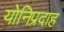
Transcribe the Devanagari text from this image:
योनिप्रदाह